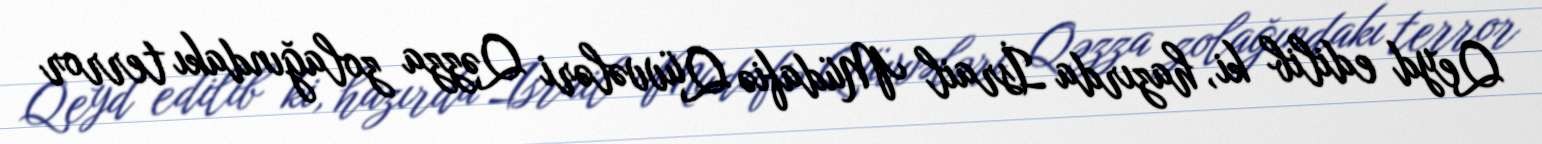
Qeyd edilib ki, hazırda İsrail Müdafiə Qüvvələri Qəzza zolağındakı terror